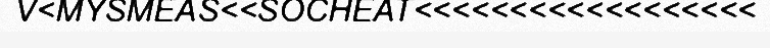
V<MYSMEAS<<SOCHEAT<<<<<<<<<<<<<<<<<<